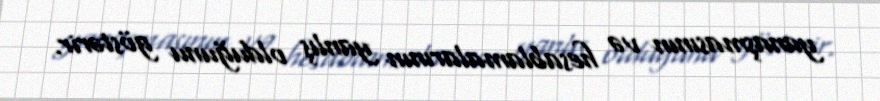
yanaşmasının və hesablamalarının yanlış olduğunu göstərir.